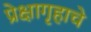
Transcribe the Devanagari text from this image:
प्रेक्षागृहाचे